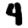
Digit: 4